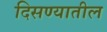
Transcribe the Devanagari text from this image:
दिसण्यातील